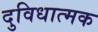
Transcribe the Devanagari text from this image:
दुविधात्मक